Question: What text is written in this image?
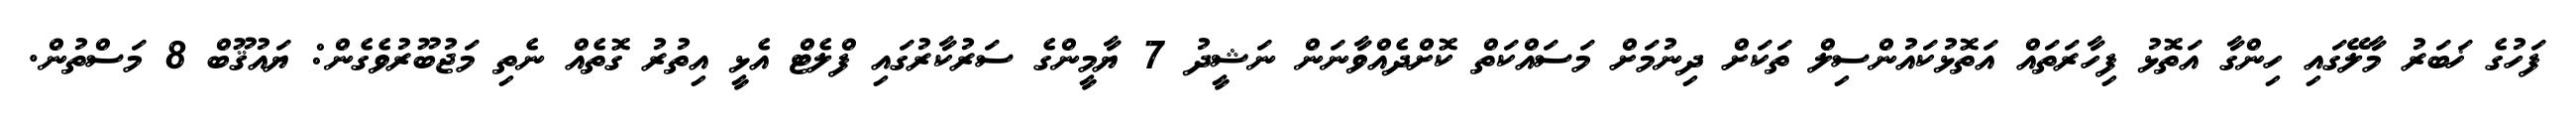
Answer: ފަހުގެ ޚަބަރު މާލޭގައި ހިންގާ އަތޮޅު ފިހާރަތައް އަތޮޅުކައުންސިލް ތަކަށް ދިނުމަށް މަސައްކަތް ކޮށްދެއްވާނަން ނަޝީދު 7 ޔާމީންގެ ސަރުކާރުގައި ފްލެޓް އެޅީ އިތުރު ގޮތެއް ނެތި މަޖުބޫރުވެގެން: ޔައުޤޫބް 8 މަސްތުން.